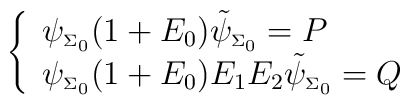
\left\{\begin{array}{l}\psi_{\scriptscriptstyle \Sigma_{0}}(1+E_0)\tilde\psi_{\scriptscriptstyle \Sigma_{0}}=P\\ \psi_{\scriptscriptstyle \Sigma_{0}}(1+ E_0) E_1E_2\tilde\psi_{\scriptscriptstyle \Sigma_{0}}=Q \end{array}\right.